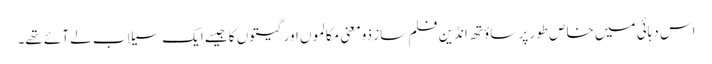
اس دہائی میں خاص طور پر ساؤتھ انڈین فلم ساز ذومعنی مکالموں اور گیتوں کا جیسے ایک سیلاب لے آئے تھے۔